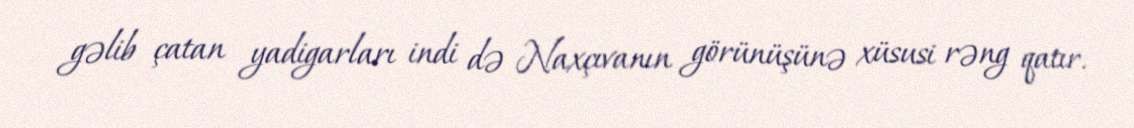
gəlib çatan yadigarları indi də Naxçıvanın görünüşünə xüsusi rəng qatır.